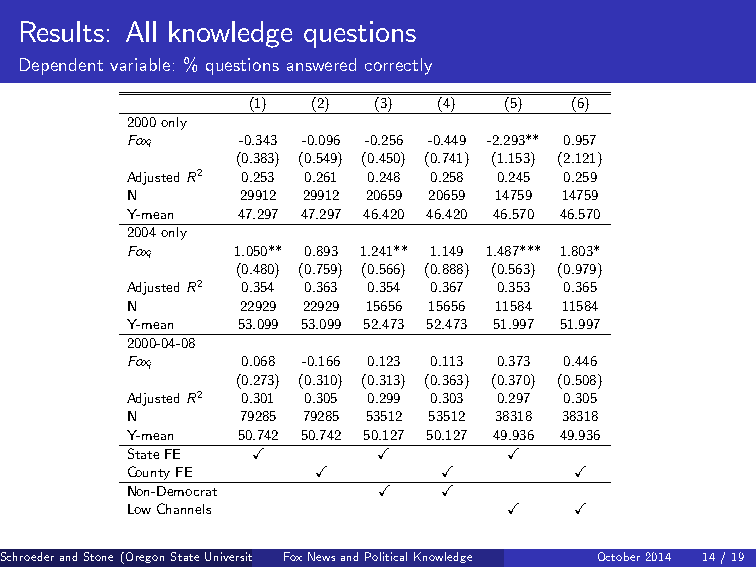
Results: All knowledge questions
 Dependent variable: % questions answered correctly
 (1)  (2) (3) (4) (5)  (6)
 2000only
 Foxi    -0.343 -0.096 -0.256 -0.449 -2.293** 0.957
 (0.383) (0.549) (0.450) (0.741) (1.153) (2.121)
 AdjustedR2 0.253 0.261 0.248 0.258 0.245 0.259
 N       29912 29912 20659 20659 14759 14759
 Y-mean  47.297 47.297 46.420 46.420 46.570 46.570
 2004only
 Foxi   1.050** 0.893 1.241** 1.149 1.487*** 1.803*
 (0.480) (0.759) (0.566) (0.888) (0.563) (0.979)
 AdjustedR2 0.354 0.363 0.354 0.367 0.353 0.365
 N       22929 22929 15656 15656 11584 11584
 Y-mean  53.099 53.099 52.473 52.473 51.997 51.997
 2000-04-08
 Foxi    0.068 -0.166 0.123 0.113 0.373 0.446
 (0.273) (0.310) (0.313) (0.363) (0.370) (0.508)
 AdjustedR2 0.301 0.305 0.299 0.303 0.297 0.305
 N       79285 79285 53512 53512 38318 38318
 Y-mean  50.742 50.742 50.127 50.127 49.936 49.936
 StateFE  X       X        X
 CountyFE     X       X        X
 Non-Democrat     X   X
 LowChannels               X   X
 SchroederandStone(OregonStateUniversity FoBxoNwedwosinaCndollPeoglei)ticalKnowledge October2014 14/19